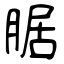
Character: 腒